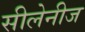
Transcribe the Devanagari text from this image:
सीलेनीज